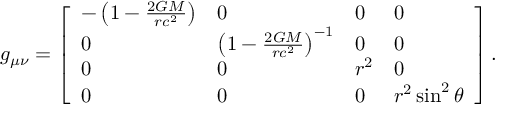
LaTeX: g _ { \mu \nu } = { \left[ \begin{array} { l l l l } { - \left( 1 - { \frac { 2 G M } { r c ^ { 2 } } } \right) } & { 0 } & { 0 } & { 0 } \\ { 0 } & { \left( 1 - { \frac { 2 G M } { r c ^ { 2 } } } \right) ^ { - 1 } } & { 0 } & { 0 } \\ { 0 } & { 0 } & { r ^ { 2 } } & { 0 } \\ { 0 } & { 0 } & { 0 } & { r ^ { 2 } \sin ^ { 2 } \theta } \end{array} \right] } \, .